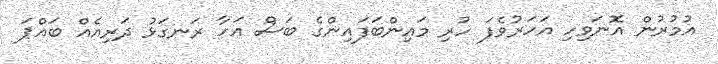
އުމުރުން އޮނަވިހި އަހަރުވެފަ ހުރި މައިންބަފައިންގެ ބަސް އަހާ ރަނގަޅު ދަރިއެއް ބައްޕަ